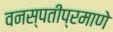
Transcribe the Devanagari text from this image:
वनस्पतीप्रमाणे